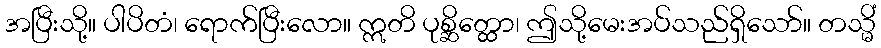
အပြီးသို့။ ပါပိတံ၊ ရောက်ပြီးလော။ ဣတိ ပုစ္ဆိတ္ထော၊ ဤသို့မေးအပ်သည်ရှိသော်။ တသ္မိံ